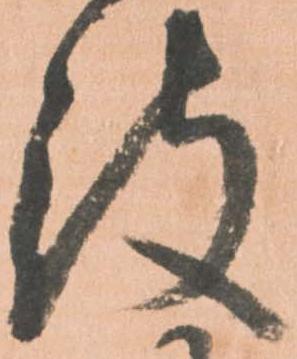
被